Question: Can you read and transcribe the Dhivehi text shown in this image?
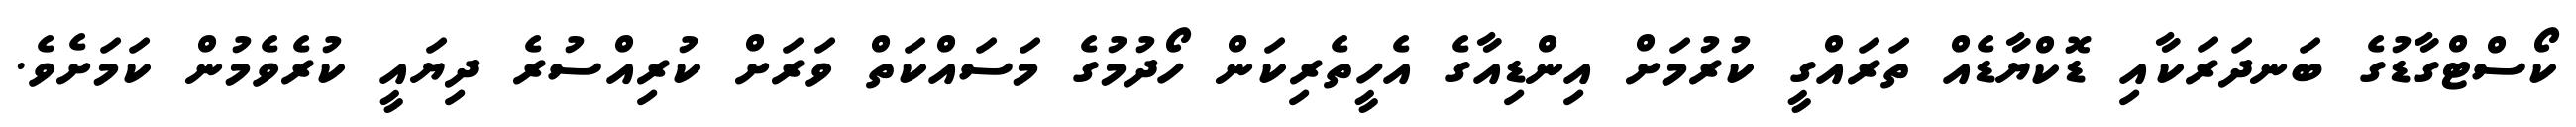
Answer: ކޯސްޓްގާޑުގެ ބަނދަރަކާއި ޑޮކްޔާޑެއް ތަރައްގީ ކުރުމަށް އިންޑިއާގެ އެހީތެރިކަން ހޯދުމުގެ މަސައްކަތް ވަރަށް ކުރިއްސުރެ ދިޔައީ ކުރެވެމުން ކަމަށެވެ.